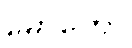
မော်တော်